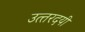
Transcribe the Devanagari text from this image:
उत्‍तरदयी